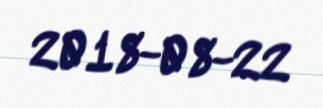
2018-08-22